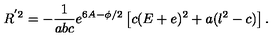
R ^ { ' 2 } = - \frac { 1 } { a b c } e ^ { 6 A - \phi / 2 } \left[ c ( E + e ) ^ { 2 } + a ( l ^ { 2 } - c ) \right] .